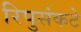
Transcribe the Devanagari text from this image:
रिपुसंकटे